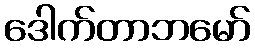
ဒေါက်တာဘမော်